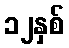
၁၂နှစ်